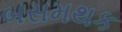
બસમથક